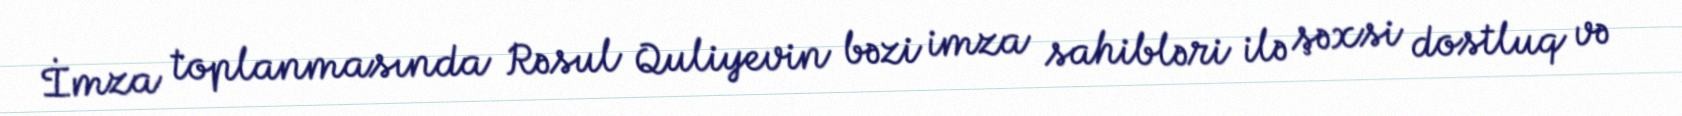
İmza toplanmasında Rəsul Quliyevin bəzi imza sahibləri ilə şəxsi dostluq və